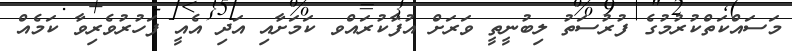
މަސައްކަތްކުރުމުގެ ފުރުސަތު ލިބުނީތީ ވަރަށް އުފާކުރައްވ ކަމަށާއި އަދި އެއީ ފަހުރުވެރިވާ ކަމެއް